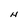
Character: H